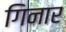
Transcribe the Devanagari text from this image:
गिनार